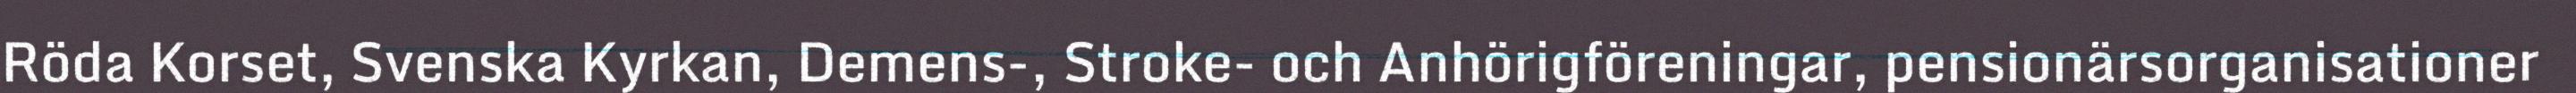
Röda Korset, Svenska Kyrkan, Demens-, Stroke- och Anhörigföreningar, pensionärsorganisationer